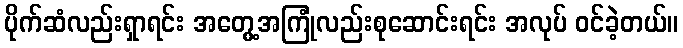
ပိုက်ဆံလည်းရှာရင်း အတွေ့အကြုံလည်းစုဆောင်းရင်း အလုပ် ဝင်ခဲ့တယ်။